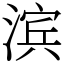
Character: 滨